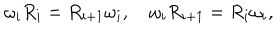
\omega _ { i } R _ { i } = R _ { i + 1 } \omega _ { i } , \quad \omega _ { i } R _ { i + 1 } = R _ { i } \omega _ { i } ,